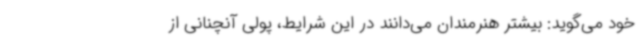
خود می‌گوید: بیشتر هنرمندان می‌دانند در این شرایط، پولی آنچنانی از